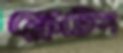
ফ্লেটেস